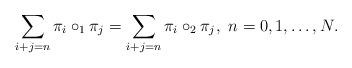
LaTeX: \begin{align*}\sum_{i+j = n} \pi_i \circ_1 \pi_j = \sum_{i+j=n} \pi_i \circ_2 \pi_j, ~ n=0, 1, \ldots, N.\end{align*}